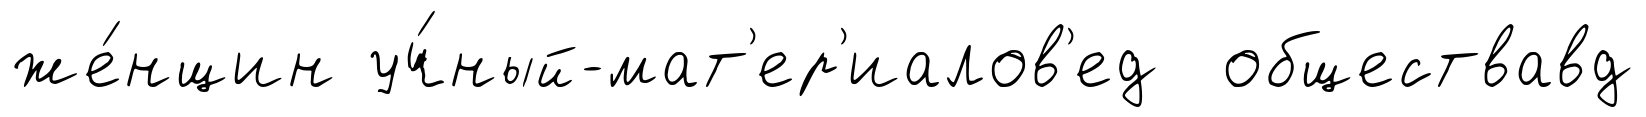
же́нщин уч́ный-мат'ер'иалов'ед обществавд